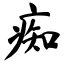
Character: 痴